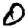
Digit: 0